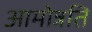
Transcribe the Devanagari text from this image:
आमोन्नति